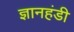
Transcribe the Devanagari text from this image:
ज्ञानहंडी